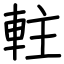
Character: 軴